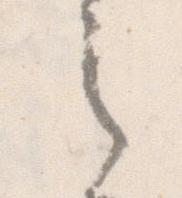
之